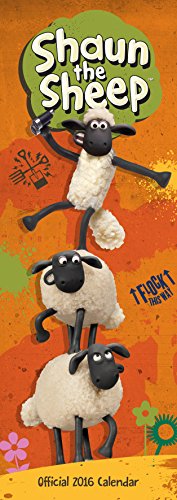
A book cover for The Official Shaun the Sheep 2016 Slim Calendar; Calendars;